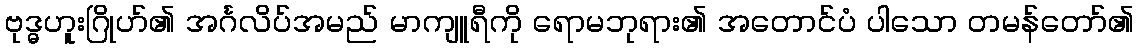
ဗုဒ္ဓဟူးဂြိုဟ်၏ အင်္ဂလိပ်အမည် မာကျူရီကို ရောမဘုရား၏ အတောင်ပံ ပါသော တမန်တော်၏